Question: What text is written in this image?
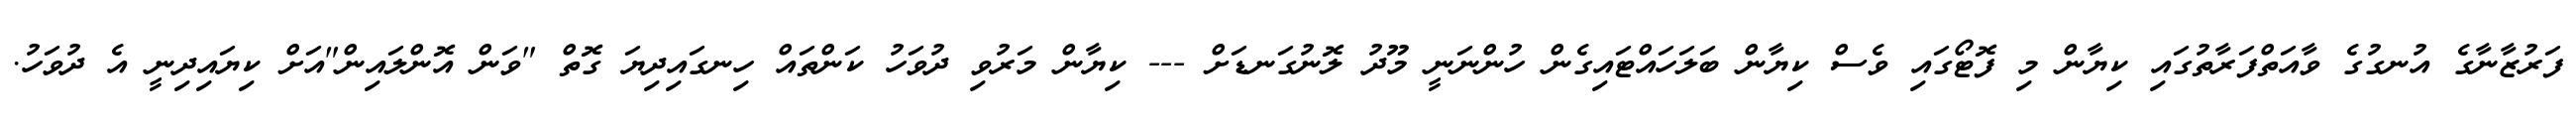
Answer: ފަރުޒާނާގެ އުނގުގެ ވާއަތްފަރާތުގައި ކިޔާން މި ފޮޓޯގައި ވެސް ކިޔާން ބަލަހައްޓައިގެން ހުންނަނީ މޫދު ލޮނުގަނޑަށް --- ކިޔާން މަރުވި ދުވަހު ކަންތައް ހިނގައިދިޔަ ގޮތް "ވަން އޮންލައިން"އަށް ކިޔައިދިނީ އެ ދުވަހު.